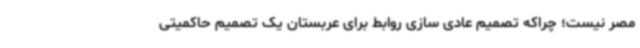
مصر نیست؛ چراکه تصمیم عادی سازی روابط برای عربستان یک تصمیم حاکمیتی